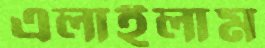
এলাইলাম